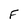
Character: F